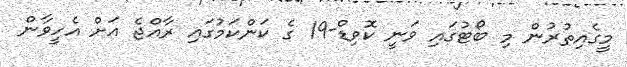
މީގެއިތުރުން މި ބޯޓުގައި ވަނީ ކޮވިޑް-19 ގެ ކަންކަމުގައި ރާއްޖެ އަށް އެހީވާން